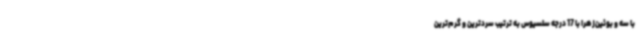
با سه و بوئین‌زهرا با 17 درجه سلسیوس به ترتیب سردترین و گرم‌ترین